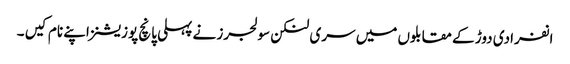
انفرادی دوڑ کے مقابلوں میں سری لنکن سولجرز نے پہلی پانچ پوزیشنز اپنے نام کیں ۔